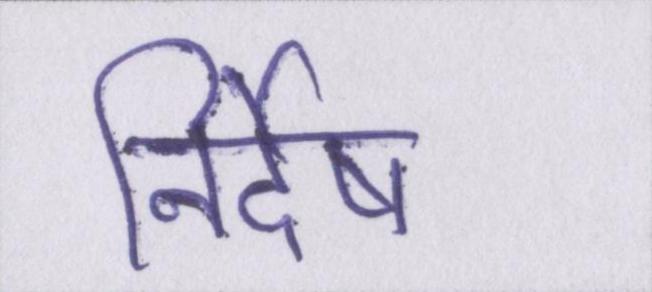
निर्देष